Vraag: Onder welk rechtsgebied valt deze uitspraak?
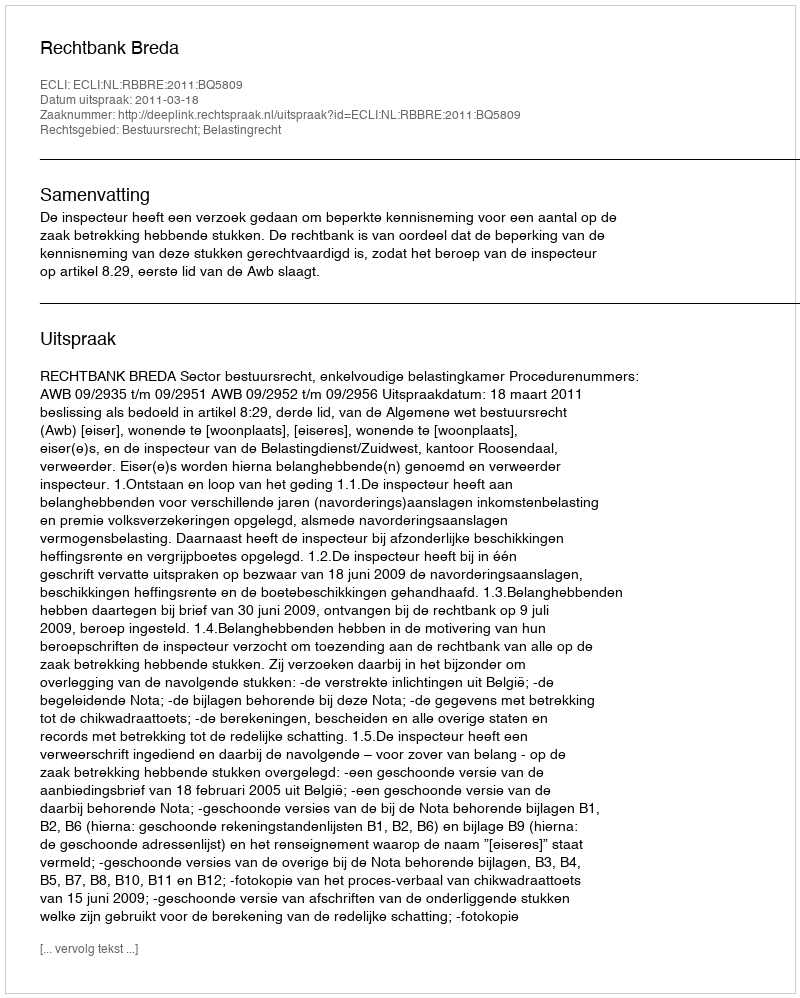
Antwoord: Bestuursrecht; Belastingrecht